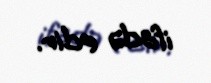
ifadə edir.